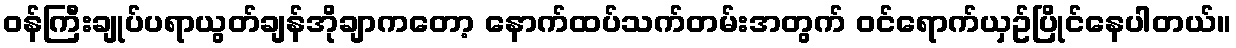
ဝန်ကြီးချုပ်ပရာယွတ်ချန်အိုချာကတော့ နောက်ထပ်သက်တမ်းအတွက် ဝင်ရောက်ယှဥ်ပြိုင်နေပါတယ်။